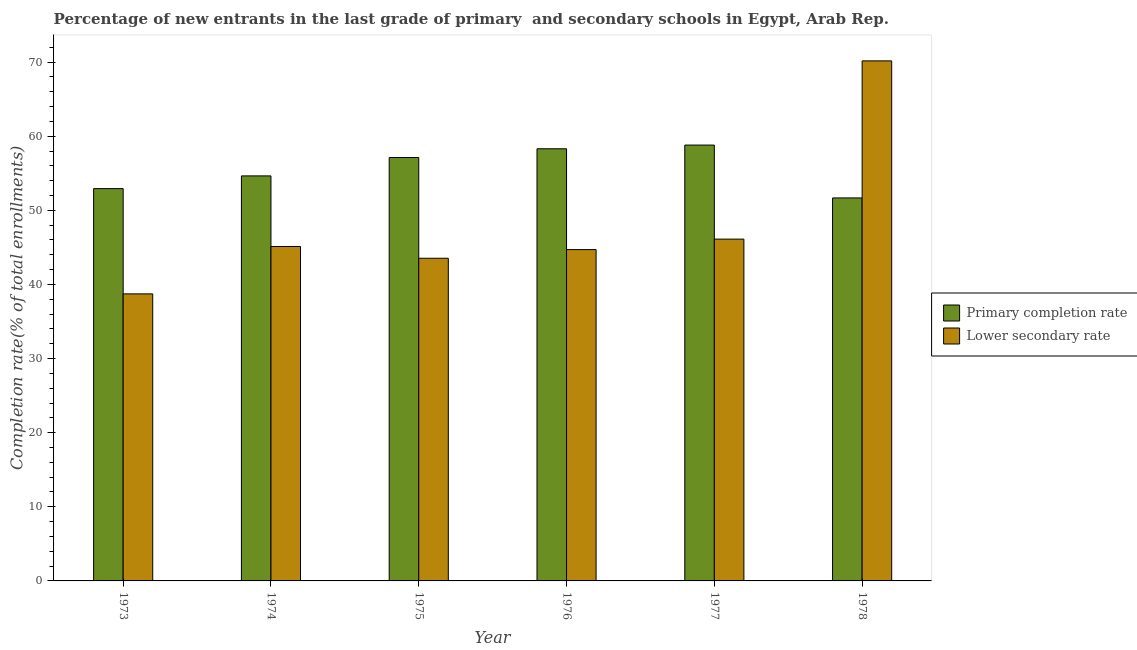
| Year | Primary completion rate | Lower secondary rate |
 | --- | --- | --- |
 | 1973 | 52.9 | 38.7 |
 | 1974 | 54.6 | 45.1 |
 | 1975 | 57.1 | 43.5 |
 | 1976 | 58.3 | 44.7 |
 | 1977 | 58.8 | 46.1 |
 | 1978 | 51.7 | 70.2 |